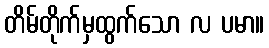
တိမ်တိုက်မှထွက်သော လ ပမာ။